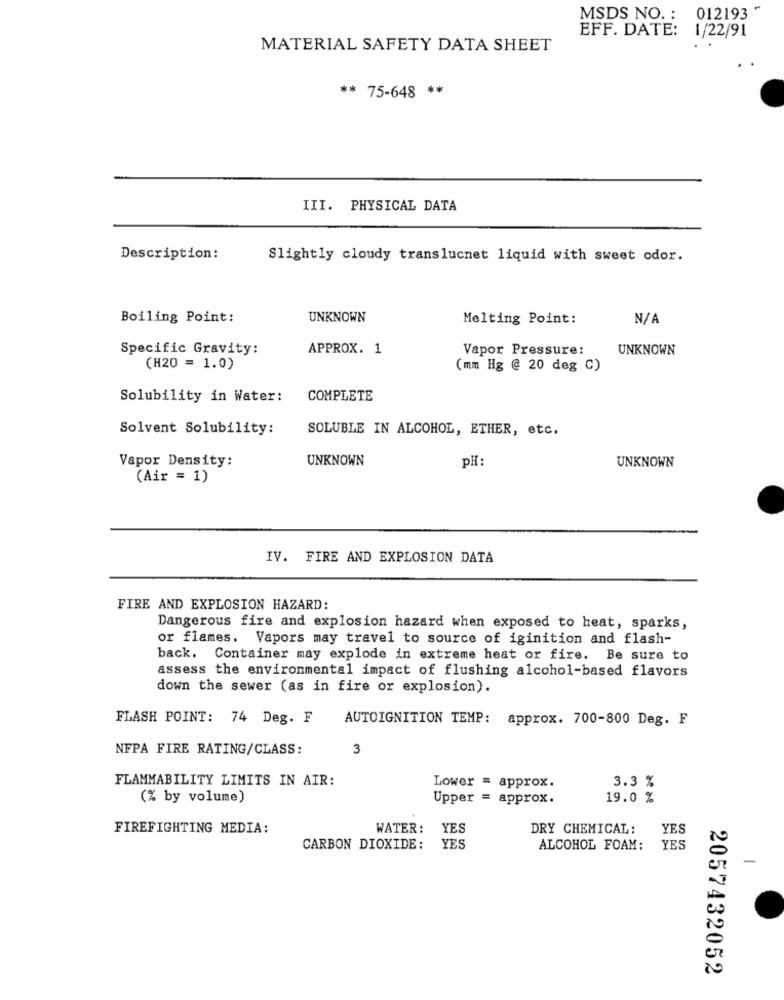
MSDS NO. :
012193 "
EFF. DATE: 1/22/91
MATERIAL SAFETY DATA SHEET
** 75-648 **
III. PHYSICAL DATA
Description:
Slightly cloudy translucnet liquid with sweet odor.
Boiling Point:
UNKNOWN
Melting Point:
Specific Gravity:
APPROX. 1
Vapor Pressure:
UNKNOWN
(H20 = 1.0)
(mm Hg @ 20 deg C)
Solubility in Water:
COMPLETE
Solvent Solubility:
SOLUBLE IN ALCOHOL, ETHER, etc.
Vapor Density:
UNKNOWN
pH
UNKNOWN
(Air = 1)
IV. FIRE AND EXPLOSION DATA
FIRE AND EXPLOSION HAZARD:
Dangerous fire and explosion hazard when exposed to heat, sparks,
or flames.
Vapors may travel to source of iginition and flash-
back. Container may explode in extreme heat or fire. Be sure to
assess the environmental impact of flushing alcohol-based flavors
down the sewer (as in fire or explosion).
FLASH POINT: 74 Deg. F
AUTOIGNITION TEMP:
approx. 700-800 Deg. F
NFPA FIRE RATING/CLASS:
3
FLAMMABILITY LIMITS IN AIR:
3.3 %
Lower = approx.
(% by volume)
Upper = approx.
19.0 %
FIREFIGHTING MEDIA:
WATER:
YES
DRY CHEMICAL:
YES
CARBON DIOXIDE:
YES
ALCOHOL FOAM:
YES
-
2057432052